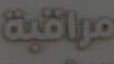
مراقبة